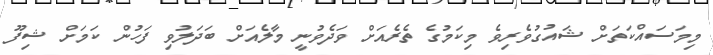
މިމަސައްކަތަށް ޝައުގުވެރިވެ މިކަމުގެ ތެރެއަށް ވަދެވުނީ މާލެއަށް ބަދަލުވި ފަހުން ކަމަށް ޝިފޫ